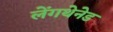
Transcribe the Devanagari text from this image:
लेंगथेनेड